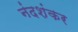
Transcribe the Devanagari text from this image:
नंदशंकर